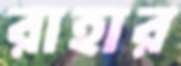
রাহার